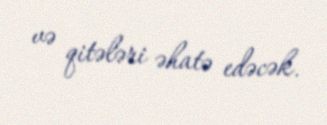
və qitələri əhatə edəcək.